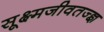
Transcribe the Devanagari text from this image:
सूक्ष्मजीवतज्ज्ञ